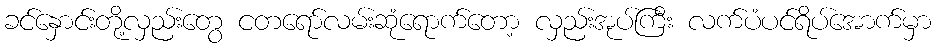
ခင်နှောင်းတို့လှည်းတွေ ငတရော်လမ်းဆုံရောက်တော့ လှည်းအုပ်ကြီး လက်ပံပင်ရိပ်အောက်မှာ